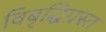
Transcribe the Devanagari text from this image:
विबृद्धिग्रस्त